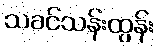
သခင်သန်းထွန်း